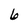
Character: 6